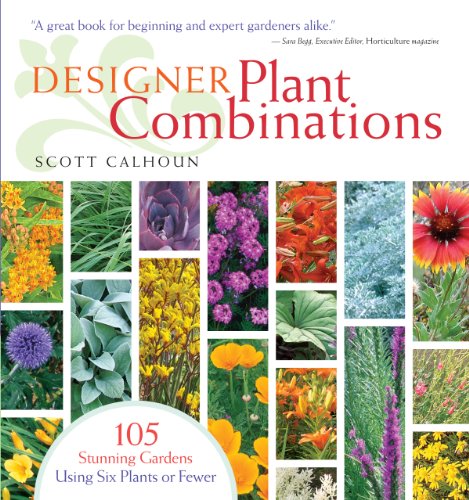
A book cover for Designer Plant Combinations: 105 Stunning Gardens Using Six Plants or Fewer; Scott Calhoun; Crafts, Hobbies & Home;